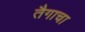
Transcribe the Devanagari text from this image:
तैगाचा